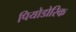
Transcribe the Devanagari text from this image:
पियोडोरिक